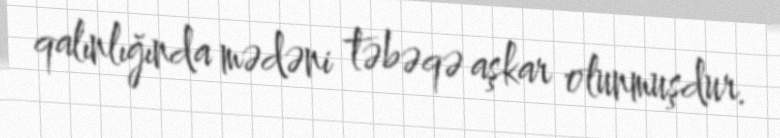
qalınlığında mədəni təbəqə aşkar olunmuşdur.